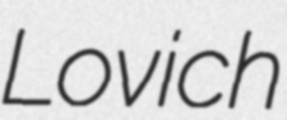
Lovich